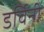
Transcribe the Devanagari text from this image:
डर्विनी